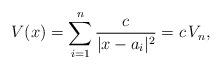
LaTeX: \begin{align*}V(x)=\sum_{i=1}^n \frac{c}{|x-a_i|^2}=c\,V_n,\end{align*}